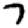
Digit: 7